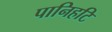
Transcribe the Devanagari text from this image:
पानिहटि